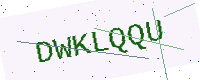
Text: DWKLQQU